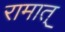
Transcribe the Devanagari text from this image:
रामात्